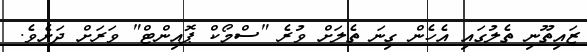
ޒައިތޫނި ތެލުގައި އެހެން ގިނަ ތެލަށް ވުރެ "ސްމޯކް ޕޮއިންޓް" ވަރަށް ދަށެވެ.